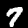
Digit: 7